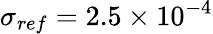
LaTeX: {\sigma_{ref}}=2.5\times{10^{-4}}